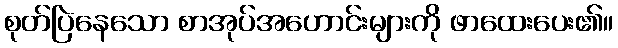
စုတ်ပြဲနေသော စာအုပ်အဟောင်းများကို ဖာထေးပေး၏။